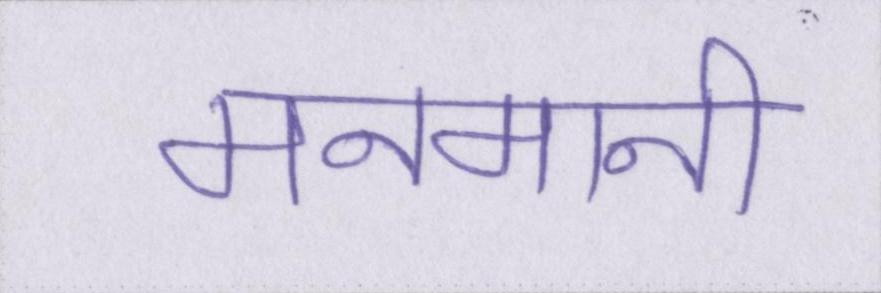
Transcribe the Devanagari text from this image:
मनमानी